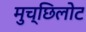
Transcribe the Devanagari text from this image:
मुच्छिलोट